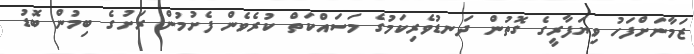
ޒަމާނަަށްފަހު ވިޔަފާރީގެ ގޮތުން ދަނޑުވެރިކަމުގެ މަސައްކަތް ކުރެވެން ފެށުމުން ރަށުގެ ބިމުން ބޮޑު